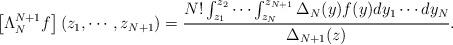
LaTeX: \begin{align*}\left[\Lambda_N^{N+1}f\right](z_1,\cdots,z_{N+1})=\frac{N!\int_{z_1}^{z_2}\cdots \int_{z_{N}}^{z_{N+1}}\Delta_N(y)f(y)dy_1\cdots dy_N}{\Delta_{N+1}(z)}.\end{align*}